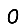
Digit: 0